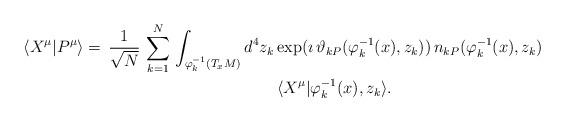
LaTeX: \begin{align*}\langle X^\mu|P^\mu\rangle=\,\frac{1}{\sqrt{N}}\,\sum^N_{k=1}\,\int_{\varphi^{-1}_k(T_xM)}d^4z_k&\exp(\imath\,\vartheta_{kP}(\varphi^{-1}_{k}(x),z_k))\,n_{kP}(\varphi^{-1}_k(x),z_k)\\&\,\langle X^\mu|\varphi^{-1}_k(x),z_k\rangle.\end{align*}